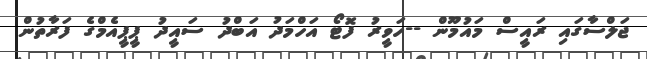
ޖަލްސާގައި ރައީސް މައުމޫން --ހަވީރު ފޮޓޯ އަހްމަދު އަބްދު ސައީދު ޕީޕީއެމްގެ ފަރާތުން